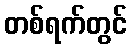
တစ်ရက်တွင်